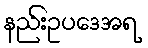
နည်းဥပဒေအရ